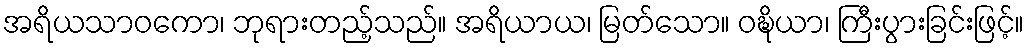
အရိယသာဝကော၊ ဘုရားတည့်သည်။ အရိယာယ၊ မြတ်သော။ ဝဍ္ဎိယာ၊ ကြီးပွားခြင်းဖြင့်။